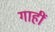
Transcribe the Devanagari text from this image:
गाहीं